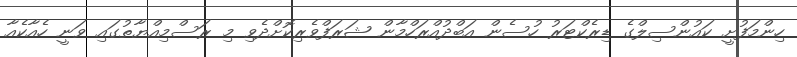
ހިންމަފުށީ ކައުންސިލްގެ ޑިރެކްޓަރު ހުސެން އަބްދުއްރަހްމާން ޝަރަފްވެރިކޮށްދެވި މި ރަސްމިއްޔާތުގައި ވަނީ ހެއާކެއާ